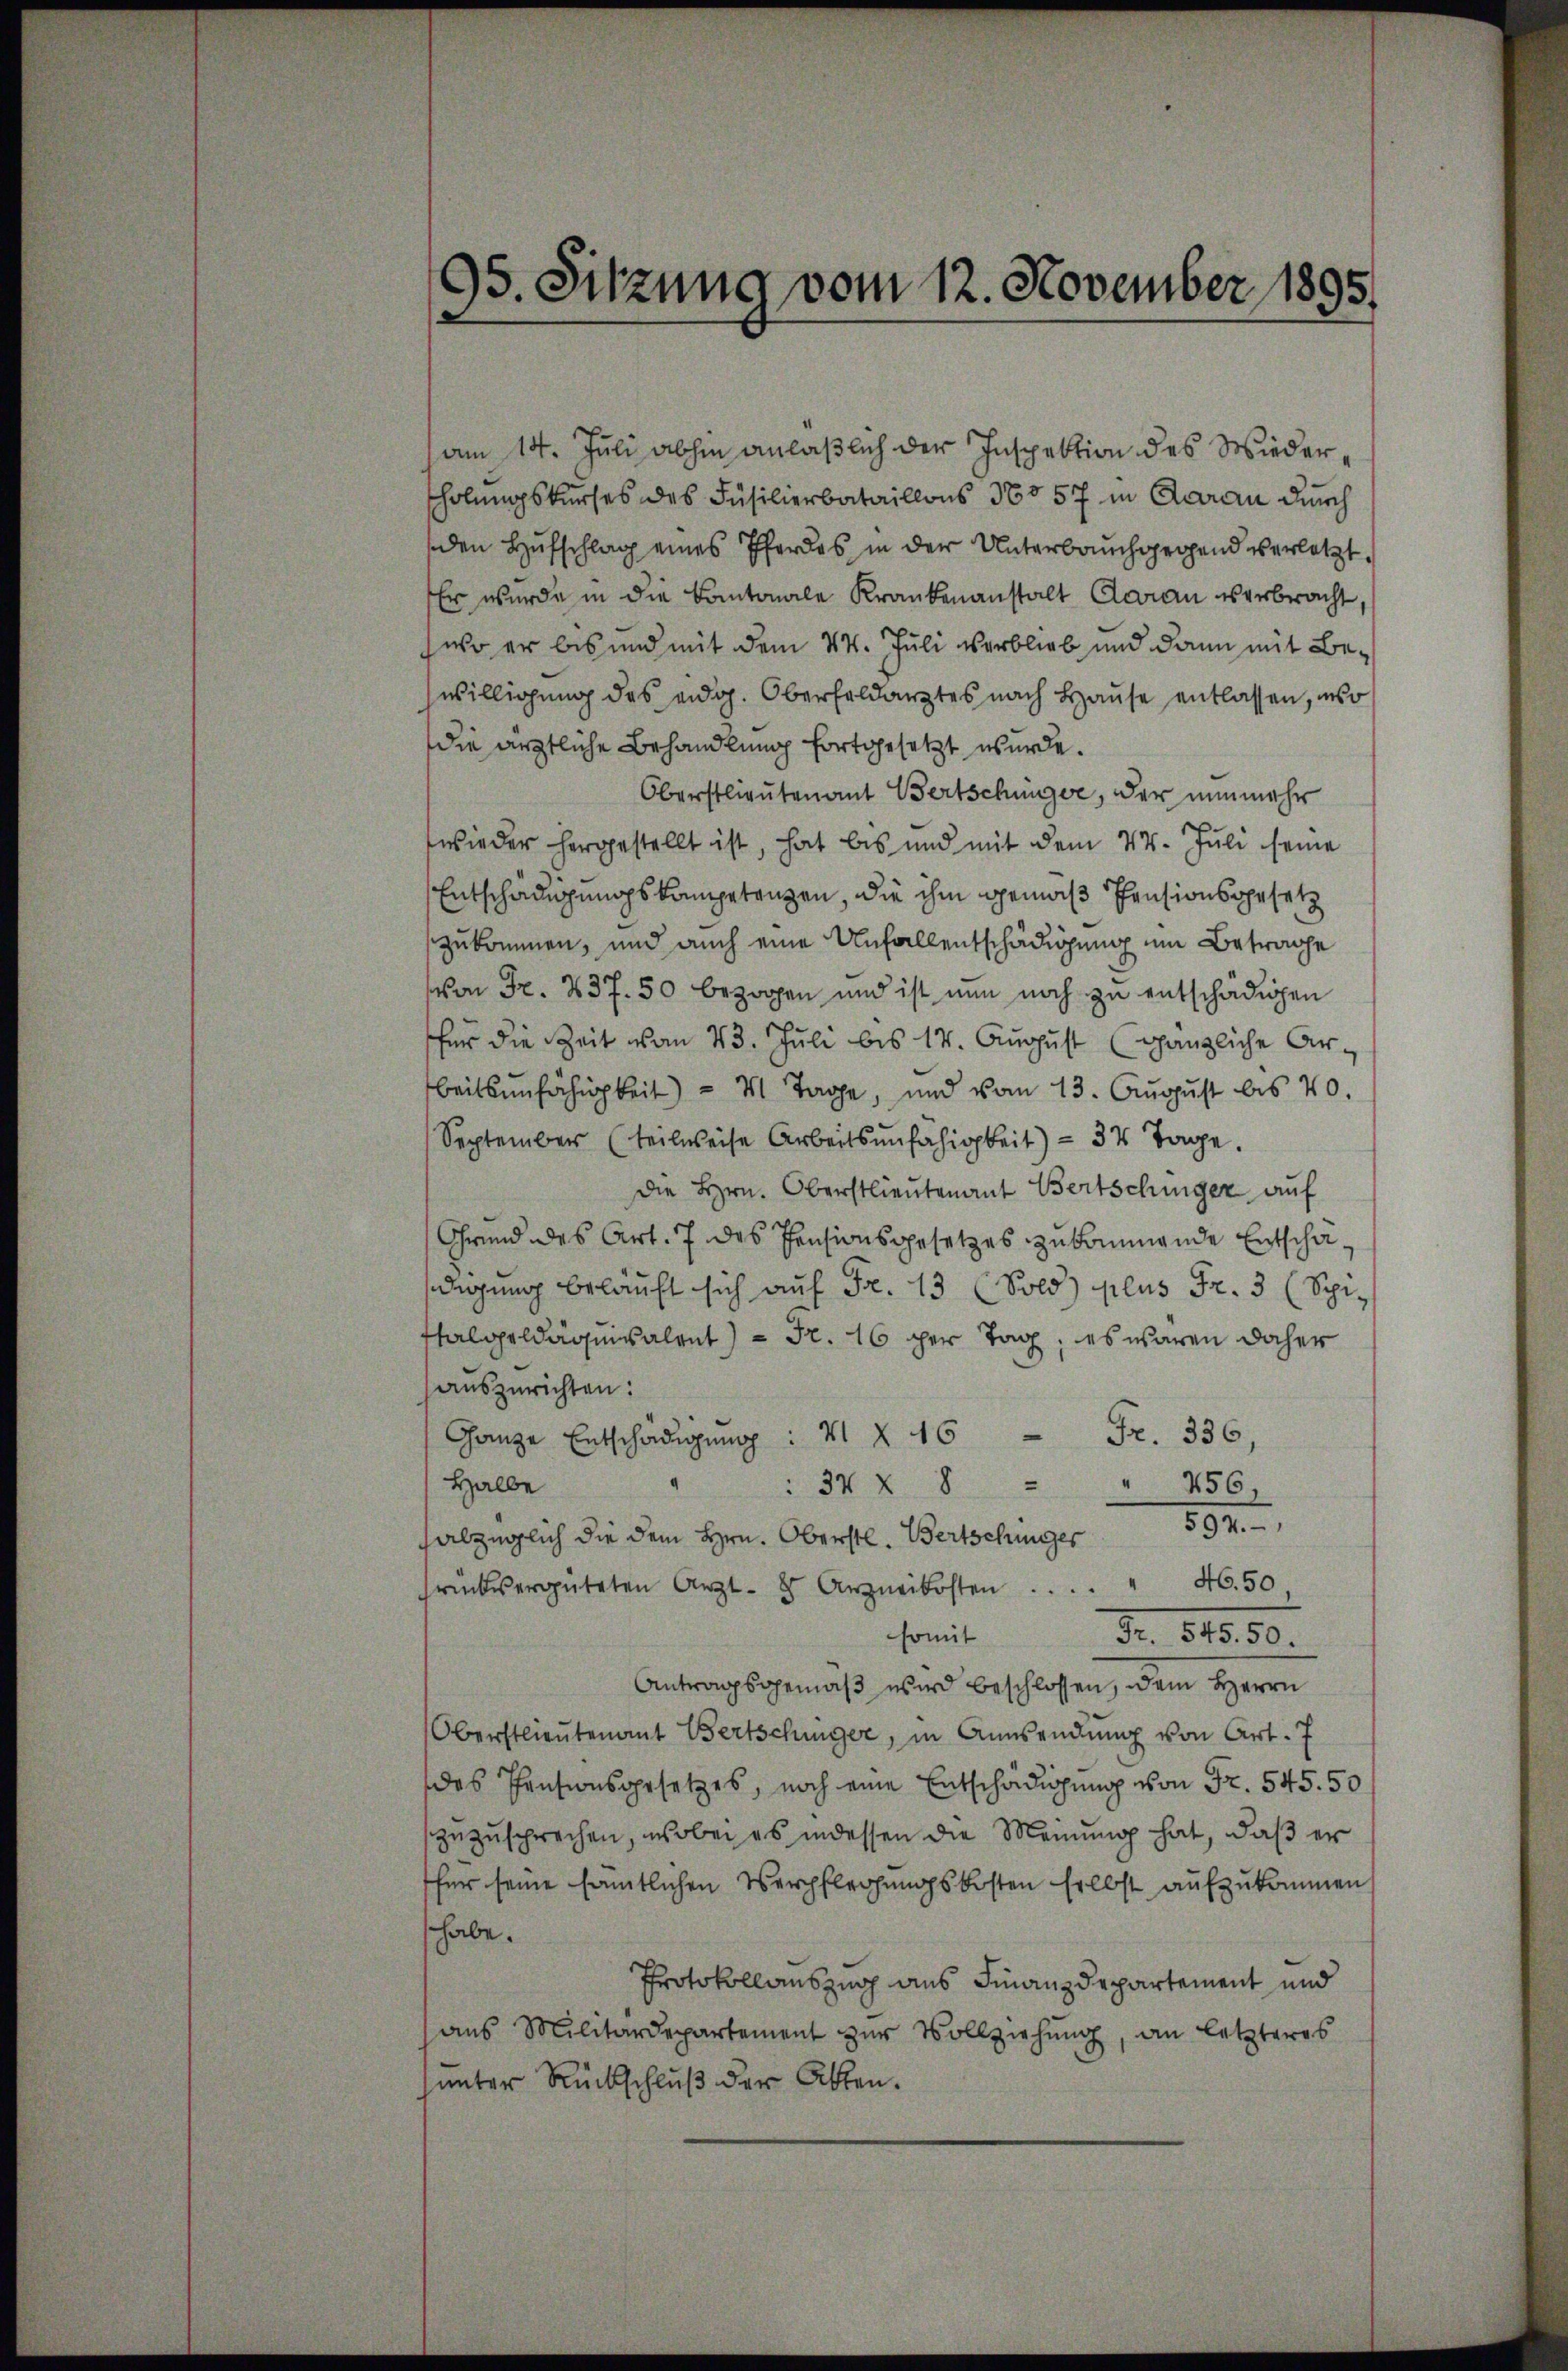
95 Sitzung vom 12. November 1895.

am 14. Juli abhin anläßlich der Inspektion des Wiederholungskurses des Füsilierbataillons 36557 in Aarau durch
den Hufschlag eines Pferdes in der Unterbrauch gegend verletzt.
Er wurde in die Kantonale Krankenanstalt daran verbracht,
wo er bis und mit dem 14. Juli verblieb und dann mit Bewilligung des eidg. Oberfeldarztes nach Hause entlassen, inso
die ärztliche Behandlung fortgesetzt wurde.
Oberstlieutenant Bertschinger, der nunmehr
wieder hergestellt ist, hat bis und mit dem 14. Juli seine
Entschädigungskompetenzen, die ihm gemäß Pensionsgesetz
zukommen, und auch eine Unfallentschädigung um Betrage
von Fr. 237. 50 bezogen und ist nun noch zu entschädigen
für die Zeit vom 23. Juli bis 14. August (gänzliche Arbeitsunfähigkeit) = 4 Tage, und vom 13. August bis 40.
September (teilweise Arbeitsunfähigkeit) - 34 Tage.
die Hrn. Oberstlieutenant Bertschinger auf
Grund des Art. 7 des Pensionsgesetzes zukommende Entschädigung belauft sich auf Fr. 13 (Sold) plus Fr. 3 (Spi¬
Thalgeldäquivalent) = Fr. 16 per Tag, es waren daher
auszurichten:
Ganze Entschädigung: V § 16 Fr. 336,
Halbe
 34 § 8 " " 256
abzüglich die dem Hrn. Oberstl. Bertschinger 594.
rückvergüteten Arzt- & Arzneikosten . . . . " 46. 50
somit
Nr. 815. 50.
Antragsgemäß wird beschlossen, dem Herrn
Oberstlieutenant Bertschinger, in Aussendŭng von Art. 7
das Pensionsgesetzes, noch eine Entschädigung von Fr. 545. 50
zuzusprechen, wobei es indessen die Meinung hat, daß er
für seine sämtlichen Verpflegungskosten selbst aufzukommen
shabe.
Protokollauszug aus Finanzdepartement und
ans Militärdepartement zŭr Vollziehŭng, an letzteres
unter Rückschluß der Akten.